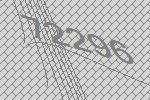
72296